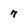
Character: 7